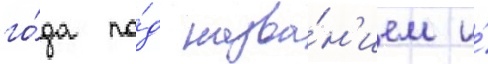
го́да по́д назва́н'ием и́